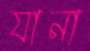
যানা